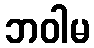
ဘဝါမ